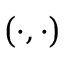
\big ( \cdot , \cdot \big )